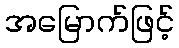
အမြောက်ဖြင့်